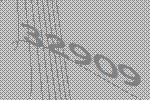
32909